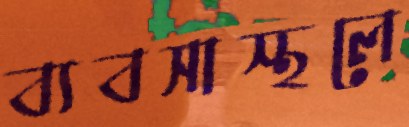
ব্যবসাস্থলে